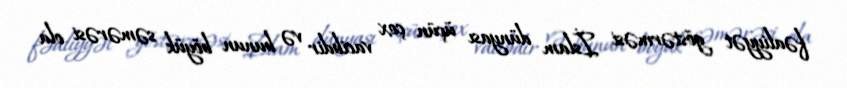
fəaliyyət göstərməsi İslam dünyası üçün çox vacibdir və bunun böyük səmərəsi ola